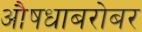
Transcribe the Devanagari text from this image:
औषधाबरोबर